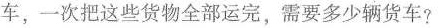
车，一次把这些货物全部运完，需要多少辆货车?